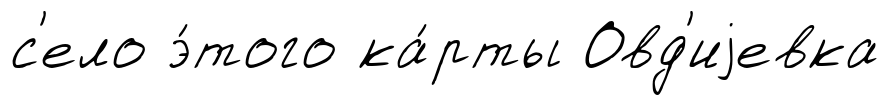
с'ело э́того ка́рты Овд'иjевка